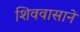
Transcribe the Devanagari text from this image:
शिववासाने